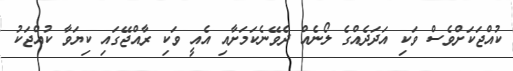
ކުއްޖަކަށްވެސް ވަކި އަދަދެއްގެ ލޯނެއް ދެވޭނެކަމަށާއި އެއީ ވަކި ރާއްޖޭގައި ކިޔަވާ ކުއްޖަކު